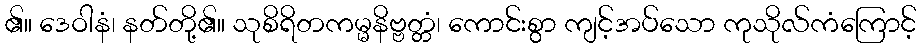
၏။ ဒေဝါနံ၊ နတ်တို့၏။ သုစိရိတကမ္မနိဗ္ဗတ္တံ၊ ကောင်းစွာ ကျင့်အပ်သော ကုသိုလ်ကံကြောင့်